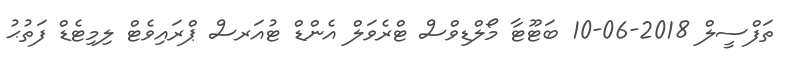
ތަފްސީލް 2018-06-10 ބަޓޫޓާ މޯލްޑިވްސް ޓްރެވަލް އެންޑް ޓުއަރސް ޕްރައިވެޓް ލިމިޓެޑް ފަތުޙު